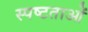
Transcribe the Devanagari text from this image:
स्पष्टताओं